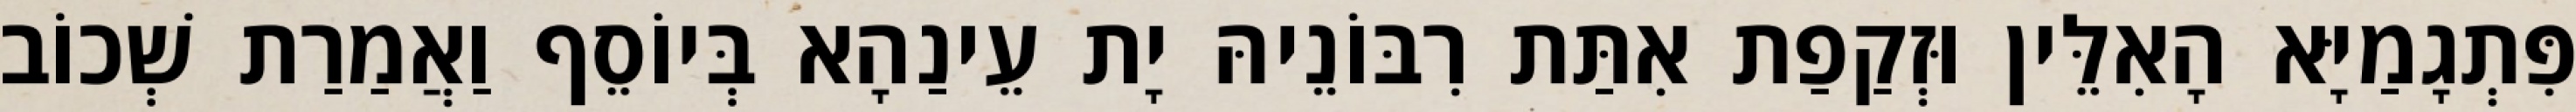
פִּתְגָמַיָּא הָאִלֵּין וּזְקַפַת אִתַּת רִבּוֹנֵיהּ יָת עֵינַהָא בְּיוֹסֵף וַאֲמַרַת שְׁכוֹב